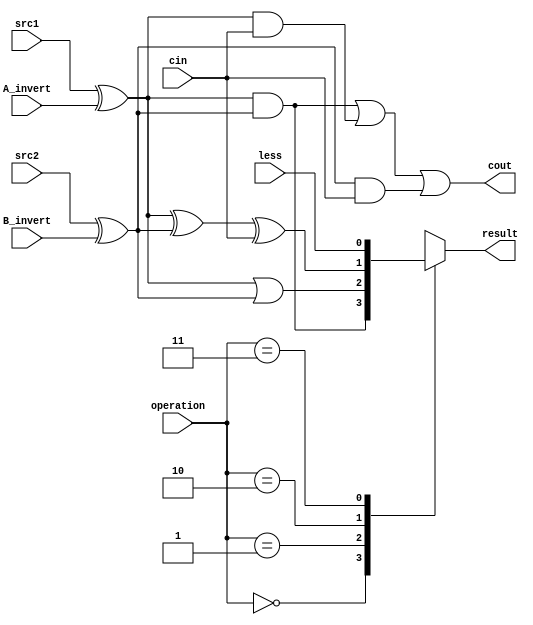
`timescale 1ns/1ps

//////////////////////////////////////////////////////////////////////////////////
// Student: ???
// ID: 0016014
//
// Design Name:
// Module Name:    alu_top
// Project Name:
// Target Devices:
// Tool versions:
// Description:
//
// Dependencies:
//
// Revision:
// Revision 0.01 - File Created
// Additional Comments:
//
//////////////////////////////////////////////////////////////////////////////////

module alu_top(
               src1,       //1 bit source 1 (input)
               src2,       //1 bit source 2 (input)
               less,       //1 bit less     (input)
               A_invert,   //1 bit A_invert (input)
               B_invert,   //1 bit B_invert (input)
               cin,        //1 bit carry in (input)
               operation,  //operation      (input)
               //bonus,      //bonus          (input)
               result,     //1 bit result   (output)
               cout        //1 bit carry out(output)
               );

input         src1;
input         src2;
input         less;
input         A_invert;
input         B_invert;
input         cin;
input [2-1:0] operation;
//input [3-1:0] bonus;

output        result;
output        cout;

reg           result;
reg           cout;

always@(*) begin
    cout <= ((src1^A_invert) & (src2^B_invert)) | ((src1^A_invert)&cin) | ((src2^B_invert)&cin);
    case(operation[1:0])
        2'b00: result <= (src1^A_invert) & (src2^B_invert);
        2'b01: result <= (src1^A_invert) | (src2^B_invert);
        2'b10: result <= (src1^A_invert) ^ (src2^B_invert) ^ cin;
        2'b11: result <= less;
    endcase
end

endmodule